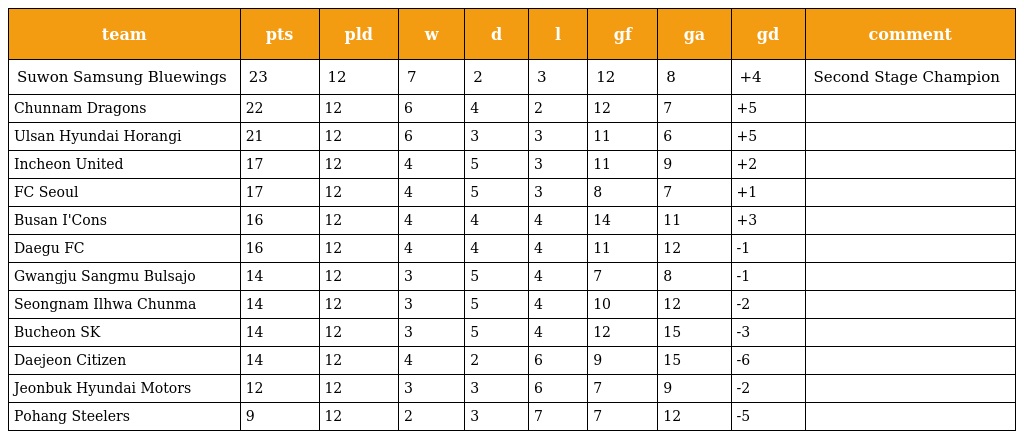
| team | pts | pld | w | d | l | gf | ga | gd | comment |
 | --- | --- | --- | --- | --- | --- | --- | --- | --- | --- |
 | Suwon Samsung Bluewings | 23 | 12 | 7 | 2 | 3 | 12 | 8 | +4 | Second Stage Champion |
 | Chunnam Dragons | 22 | 12 | 6 | 4 | 2 | 12 | 7 | +5 |  |
 | Ulsan Hyundai Horangi | 21 | 12 | 6 | 3 | 3 | 11 | 6 | +5 |  |
 | Incheon United | 17 | 12 | 4 | 5 | 3 | 11 | 9 | +2 |  |
 | FC Seoul | 17 | 12 | 4 | 5 | 3 | 8 | 7 | +1 |  |
 | Busan I'Cons | 16 | 12 | 4 | 4 | 4 | 14 | 11 | +3 |  |
 | Daegu FC | 16 | 12 | 4 | 4 | 4 | 11 | 12 | -1 |  |
 | Gwangju Sangmu Bulsajo | 14 | 12 | 3 | 5 | 4 | 7 | 8 | -1 |  |
 | Seongnam Ilhwa Chunma | 14 | 12 | 3 | 5 | 4 | 10 | 12 | -2 |  |
 | Bucheon SK | 14 | 12 | 3 | 5 | 4 | 12 | 15 | -3 |  |
 | Daejeon Citizen | 14 | 12 | 4 | 2 | 6 | 9 | 15 | -6 |  |
 | Jeonbuk Hyundai Motors | 12 | 12 | 3 | 3 | 6 | 7 | 9 | -2 |  |
 | Pohang Steelers | 9 | 12 | 2 | 3 | 7 | 7 | 12 | -5 |  |